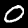
Digit: 0